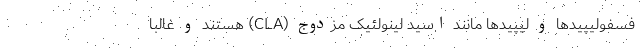
فسفولیپیدها و لیپیدها مانند اسید لینولئیک مزدوج (CLA) هستند و غالباً